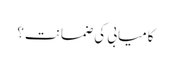
کامیابی کی ضمانت؟